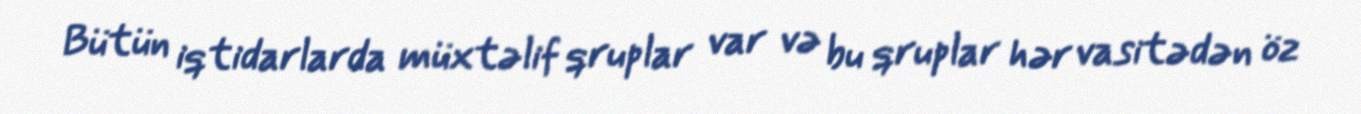
Bütün iqtidarlarda müxtəlif qruplar var və bu qruplar hər vasitədən öz